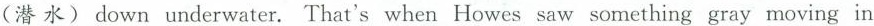
(潜水)down underwater. That's when Howes saw something gray moving in